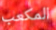
المكعب